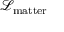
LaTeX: { \mathcal { L } } _ { \mathrm { m a t t e r } }